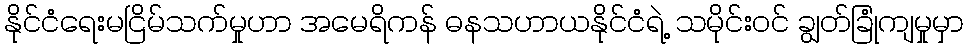
နိုင်ငံရေးမငြိမ်သက်မှုဟာ အမေရိကန် ဓနသဟာယနိုင်ငံရဲ့ သမိုင်းဝင် ချွတ်ခြုံကျမှုမှာ